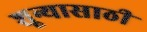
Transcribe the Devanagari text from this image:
शून्यासाठी